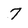
Character: 7